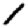
Digit: 1